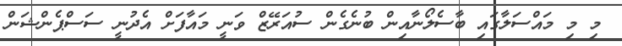
މި މި މައްސަލާގައި ބާސެލޯނާއިން ބުނެގެން ސުއަރޭޒް ވަނީ މައާފަށް އެދުނީ ސަސްޕެންޝަން